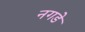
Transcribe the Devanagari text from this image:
नगडे